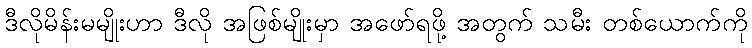
ဒီလိုမိန်းမမျိုးဟာ ဒီလို အဖြစ်မျိုးမှာ အဖော်ရဖို့ အတွက် သမီး တစ်ယောက်ကို